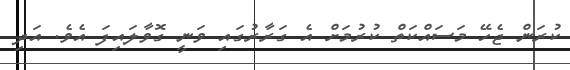
ކުރަން ޖެހޭ މަސައްކަތް ކުރުމަށް އެ ގަރާރުގައި ވަނީ ގޮވާލައިފަ އެވެ. އަދި